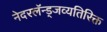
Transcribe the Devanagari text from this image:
नेदरलॅन्ड्जव्यतिरिक्त